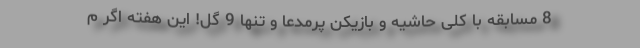
8 مسابقه با کلی حاشیه و بازیکن پرمدعا و تنها 9 گل! این هفته اگر م